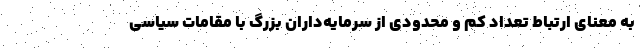
به معنای ارتباط تعداد کم و محدودی از سرمایه‌داران بزرگ با مقامات سیاسی